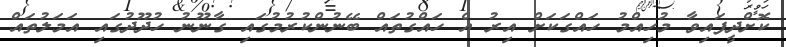
ކޮށްދީފައިވާ މުހިއްމު ހައްގަކަށް އިރު އެ ހައްގުތައް ބޭނުންކުރުމުގައި ގާނޫނު ހުދޫދުގައި އަމަލުތައް